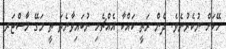
ހޭކަށް ނުކެރުނެވެ. ދެން ރަތީ ކައްކާ އެއްޗެހި ނުބައިވާނެތަ ތީ މަގޭ މާސްޓަރ